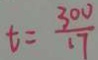
t = \frac { 3 0 0 } { 1 7 }